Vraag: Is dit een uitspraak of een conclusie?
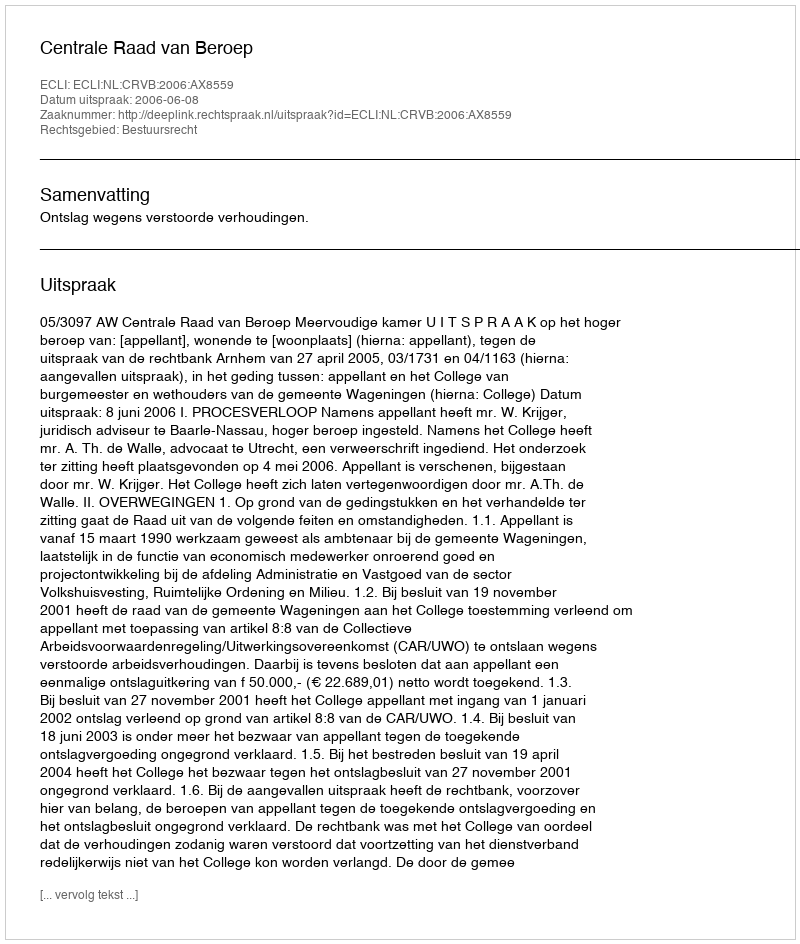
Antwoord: Uitspraak